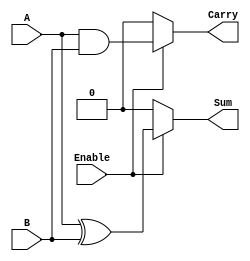
module conditional_half_adder (
    input wire A,          // First binary input
    input wire B,          // Second binary input
    input wire Enable,     // Control signal
    output wire Sum,       // Sum output
    output wire Carry      // Carry output
);

    // Combinational logic for Sum and Carry based on Enable signal
    assign Sum = Enable ? (A ^ B) : 1'b0;    // Sum is A XOR B when Enable is high, else 0
    assign Carry = Enable ? (A & B) : 1'b0;  // Carry is A AND B when Enable is high, else 0

endmodule